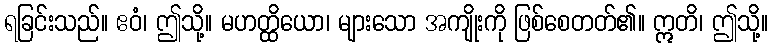
ရခြင်းသည်။ ဧဝံ၊ ဤသို့။ မဟတ္ထိယော၊ များသော အကျိုးကို ဖြစ်စေတတ်၏။ ဣတိ၊ ဤသို့။